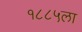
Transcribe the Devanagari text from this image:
१८८५ला